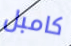
كامبل